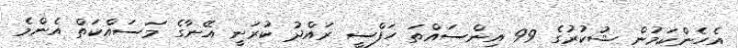
އެހެންކަމުން ޝުކުރުގެ 99 އިންސައްތަ ހަފްސީ ރައްދު ކުރަނީ އޭނާގެ މަސައްކަތް އެންމެ